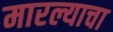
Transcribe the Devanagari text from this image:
मारल्याचा